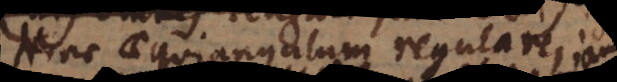
Hinc aequiangulum regulare